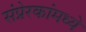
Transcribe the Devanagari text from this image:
संप्रेरकांमध्ये